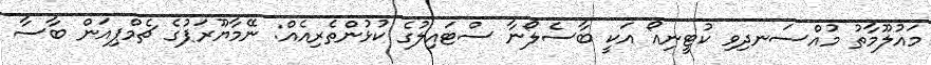
މައުލޫމާތު މުއްސަނދިވި ކުޓީނިއޯ އަކީ ބާސެލޯނާ ސްޓައިލުގެ ކުޅުންތެރިއެއް: ނޭމާޔޫރަޕުގެ ޗެމްޕިއަން ބާސާ